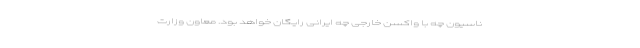
ناسیون چه با واکسن خارجی چه ایرانی رایگان خواهد بود. معاون وزارت